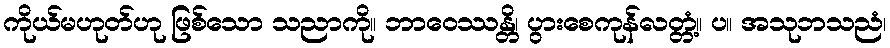
ကိုယ်မဟုတ်ဟု ဖြစ်သော သညာကို။ ဘာဝေဿန္တိ၊ ပွားစေကုန်လတ္တံ့။ ပ။ အသုဘသညံ၊